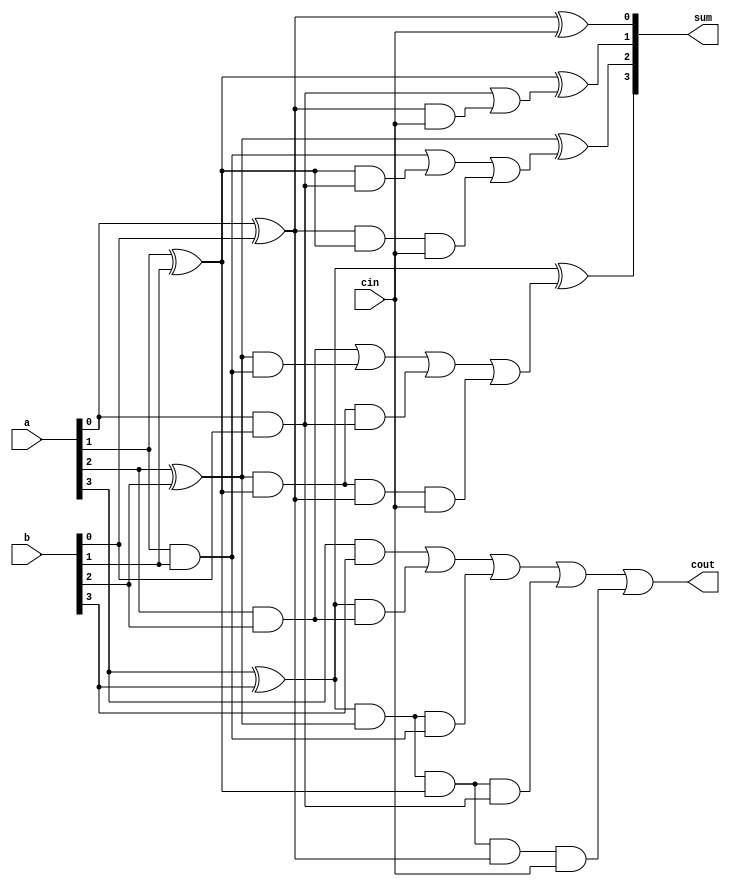
module car_look_add(input [3:0]a, input [3:0]b, input cin, output [3:0] sum, output cout);


wire [3:0]p;
wire [3:0]g;

// pi - carry propogation

xor PRO0(p[0],a[0],b[0]);
xor PRO1(p[1],a[1],b[1]);
xor PRO2(p[2],a[2],b[2]);
xor PRO3(p[3],a[3],b[3]);

//gi - carry generation

and AND0(g[0],a[0],b[0]);
and AND1(g[1],a[1],b[1]);
and AND2(g[2],a[2],b[2]);
and AND3(g[3],a[3],b[3]);

// carry-out

assign c0 = g[0]| (p[0]&cin), 
	c1 = g[1] | (p[1]&g[0]) | (p[0]&p[1]&cin),
	c2 = g[2] | (p[2]&g[1]) | (p[2]&p[1]&g[0]) | (p[2]&p[1]&p[0]&cin),
        c3 = g[3] | (p[3]&g[2]) | (p[3]&p[2]&g[1]) | (p[3]&p[2]&p[1]&g[0]) | (p[3]&p[2]&p[1]&p[0]&cin);
//sum
xor (sum[0],p[0],cin),
	(sum[1],p[1],c0),
	(sum[2],p[2],c1),
	(sum[3],p[3],c2);

assign cout = c3;

endmodule